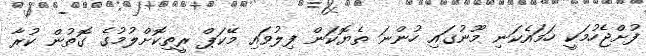
ފުށްޖެހުމަކީ ހަމައެކަނި މޫނުގައި ހުންނަ ތެޔޮކަން ފިލުވައި މޭކަޕް ރީތިކޮށްލުމުގެ ގޮތުން ކުރާ